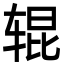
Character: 辊